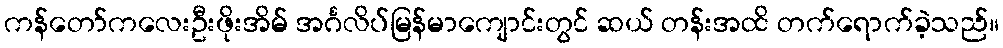
ကန်တော်ကလေးဦးဖိုးအိမ် အင်္ဂလိပ်မြန်မာကျောင်းတွင် ဆယ် တန်းအထိ တက်ရောက်ခဲ့သည်။